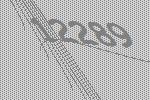
12289